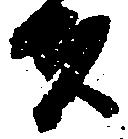
者